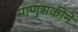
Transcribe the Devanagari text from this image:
माणुसकीने